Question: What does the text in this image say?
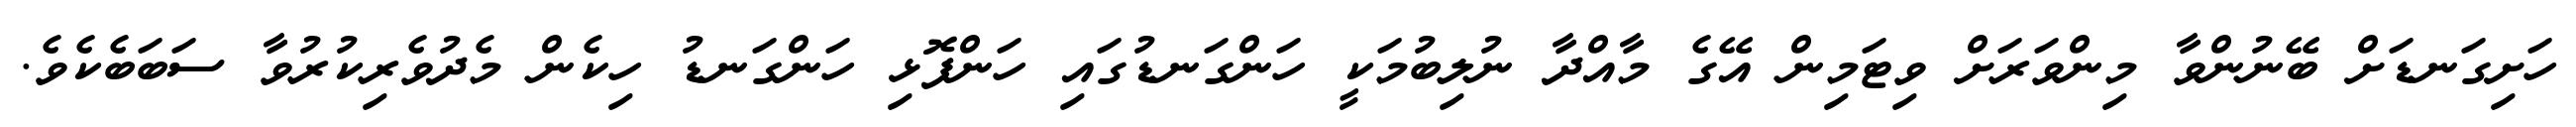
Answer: ހަށިގަނޑަށް ބޭނުންވާ މިންވަރަށް ވިޓަމިން އޭގެ މާއްދާ ނުލިބުމަކީ ހަންގަނޑުގައި ހަންފޮޅި ހަންގަނޑު ހިކެން މެދުވެރިކުރުވާ ސަބަބެކެވެ.